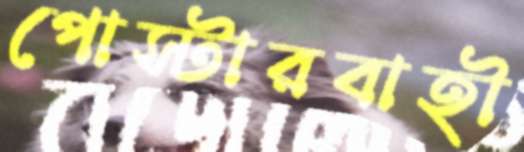
পোস্টারবাহী